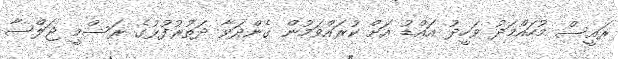
ރައީސް މުހައްމަދު ވަހީދު އައްޑު އަށް ކުރައްވަމުން ގެންދަވާ ދަތުރުފުޅުގެ ރަސްމީ ޖަލްސާ